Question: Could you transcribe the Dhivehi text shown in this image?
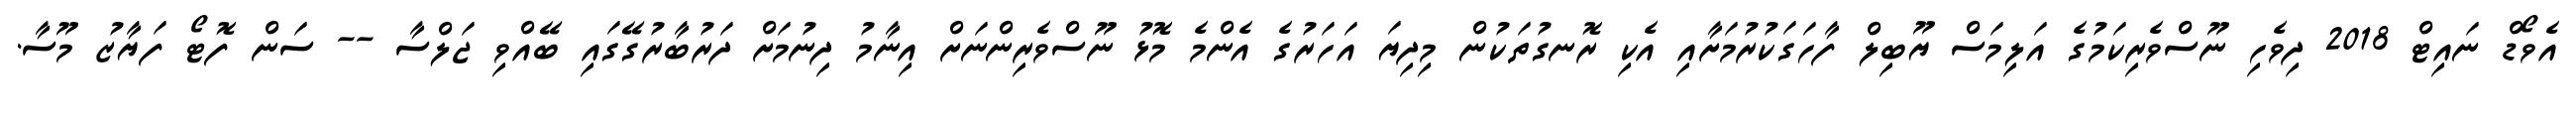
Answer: އެވޯޑް ނައިޓް 2018 ދިވެހި ނޫސްވެރިކަމުގެ އަލިމަސް ޔޫބިލް ފާހަގަކުރުމަށާއި އެކި ރޮނގުތަކުން މިދިޔަ އަހަރުގެ އެންމެ މޮޅު ނޫސްވެރިންނަށް އިނާމު ދިނުމަށް ދަރުބާރުގޭގައި ބޭއްވި ޖަލްސާ -- ސަން ފޮޓޯ ފަޔާޒު މޫސާ.